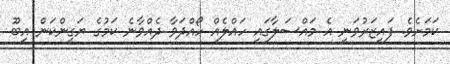
ކަމަށެވެ. ފައިޒަރުވަނީ އެ މައްސަލާގައި ހައްލެއް ހޯއްދަވާ ދެއްވާނެ ކަމުގެ ޔަގީންކަން އިބޫ